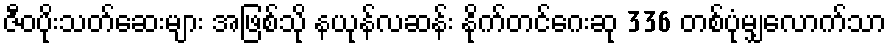
ဇီဝပိုးသတ်ဆေးများ အဖြစ်သို နယုန်လဆန်း နိုက်တင်ဂေးဆု 336 တစ်ပုံမျှလောက်သာ